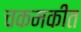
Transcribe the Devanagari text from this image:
चकमकींत